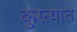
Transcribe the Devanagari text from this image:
कुस्त्यांत